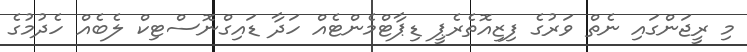
މި ރީޖަންގައި ނެތް ވަރުގެ ފިޒިއޮތެރެޕީ ޑިޕާޓްމެންޓެއް ހަދާ ޑައިގްނޮސްޓިކް ލެބެއް ހެދުމުގެ